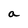
Character: a